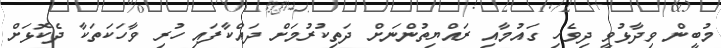
މުބީން ވިދާޅުވީ ދިވެހި ގައުމާއި ރައްޔިތުންނަށް ދަތިކުރުމަށް ދައްކާފައި ހުރި ވާހަކަތަކާ ދެކޮޅަށް